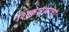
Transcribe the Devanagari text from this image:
शिकाऱ्याचा